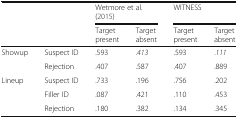
<table><thead><tr><td rowspan="2" colspan="2"></td><td colspan="2"><b>Wetmore et al. (2015)</b></td><td colspan="2"><b>WITNESS</b></td></tr><tr><td><b>Target present</b></td><td><b>Target absent</b></td><td><b>Target present</b></td><td><b>Target absent</b></td></tr></thead><tbody><tr><td rowspan="2">Showup</td><td>Suspect ID</td><td>.593</td><td>.<i>413</i></td><td>.593</td><td>.<i>111</i></td></tr><tr><td>Rejection</td><td>.407</td><td>.587</td><td>.407</td><td>.889</td></tr><tr><td rowspan="3">Lineup</td><td>Suspect ID</td><td>.733</td><td>.196</td><td>.756</td><td>.202</td></tr><tr><td>Filler ID</td><td>.087</td><td>.421</td><td>.110</td><td>.453</td></tr><tr><td>Rejection</td><td>.180</td><td>.382</td><td>.134</td><td>.345</td></tr></tbody></table>